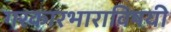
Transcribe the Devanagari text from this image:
गरकारभाराविषयी